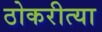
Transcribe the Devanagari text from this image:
ठोकरीत्या